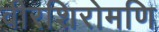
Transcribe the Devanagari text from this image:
वीरशिरोमणि